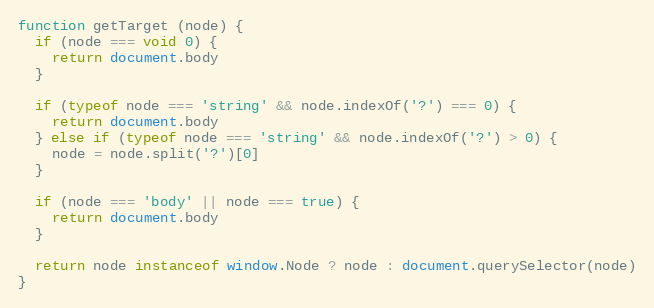
Language: JavaScript
function getTarget (node) {
  if (node === void 0) {
    return document.body
  }

  if (typeof node === 'string' && node.indexOf('?') === 0) {
    return document.body
  } else if (typeof node === 'string' && node.indexOf('?') > 0) {
    node = node.split('?')[0]
  }

  if (node === 'body' || node === true) {
    return document.body
  }

  return node instanceof window.Node ? node : document.querySelector(node)
}